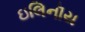
ઇલિનૉય